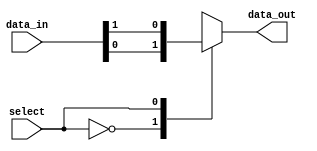
module mux(input wire [1:0] data_in, input wire select, output reg data_out);

always @(*)
begin
    case (select)
        2'b00: data_out = data_in[0];
        2'b01: data_out = data_in[1];
        default: data_out = 1'bx; // handle any invalid select values
    endcase
end

endmodule